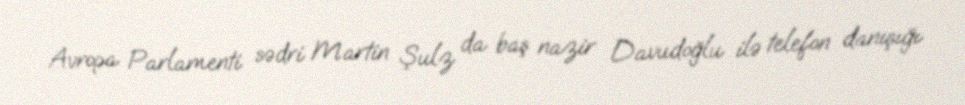
Avropa Parlamenti sədri Martin Şulz da baş nazir Davudoğlu ilə telefon danışığı